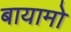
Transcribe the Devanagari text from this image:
बायामो